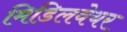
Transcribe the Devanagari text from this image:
मिडिलवेयर